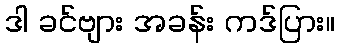
ဒါ ခင်ဗျား အခန်း ကဒ်ပြား။